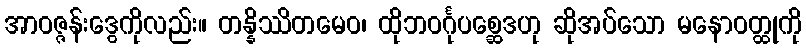
အာဝဇ္ဇန်းဒွေကိုလည်း။ တန္နိဿိတမေဝ၊ ထိုဘဝင်္ဂုပစ္ဆေဒဟု ဆိုအပ်သော မနောဝတ္ထုကို